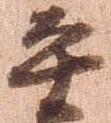
平